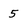
Character: 5